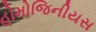
હોમોજિનીયસ